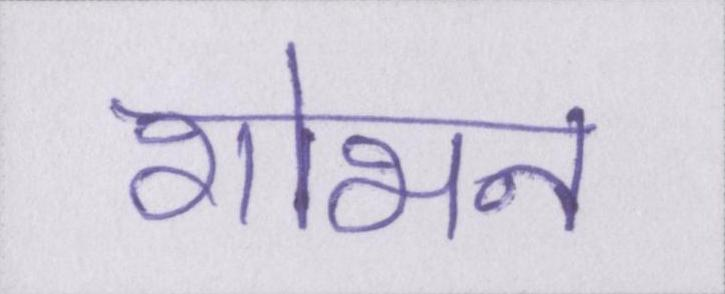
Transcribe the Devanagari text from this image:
शोभन